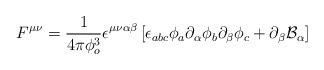
LaTeX: \begin{align*}F^{\mu \nu} =\frac{1}{4\pi \phi_o^3 } \epsilon^{\mu \nu \alpha \beta}\left[ \epsilon_{abc} \phi_a\partial_\alpha \phi_b \partial_\beta \phi_c+\partial_\beta {\mathcal B}_\alpha \right]\end{align*}